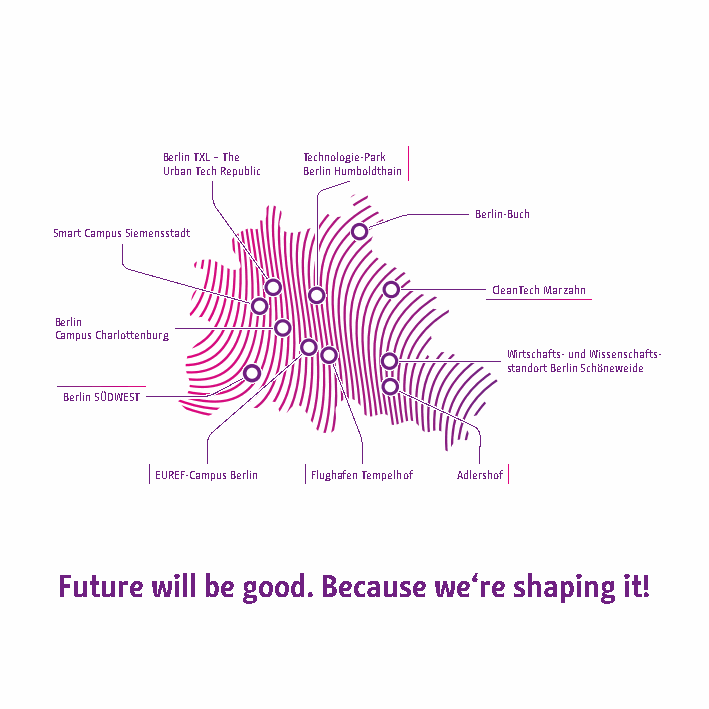
Berlin TXL – The Technologie-Park
 Urban Tech Republic Berlin Humboldthain
 Berlin-Buch
 Smart Campus Siemensstadt
 CleanTech Marzahn
 Berlin
 Campus Charlottenburg
 Wirtschafts- und Wissenschafts-
 standort Berlin Schöneweide
 Berlin SÜDWEST
 EUREF-Campus Berlin Flughafen Tempelhof Adlershof
 Future will be good. Because we‘re shaping it!